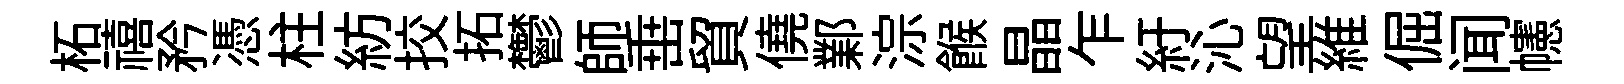
柘禧矜憑柱紡挍拓鬱師𡸁貿僥鄴淙餱晶乍紆沁望維倔闻幰